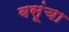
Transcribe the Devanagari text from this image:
बसूंचा